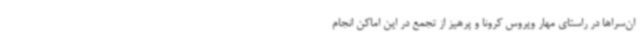
ان‌سراها در راستای مهار ویروس کرونا و پرهیز از تجمع در این اماکن انجام